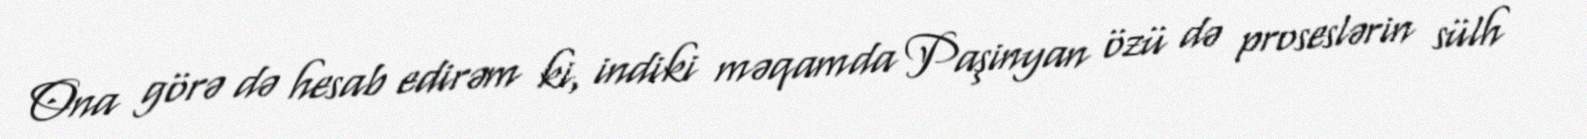
Ona görə də hesab edirəm ki, indiki məqamda Paşinyan özü də proseslərin sülh